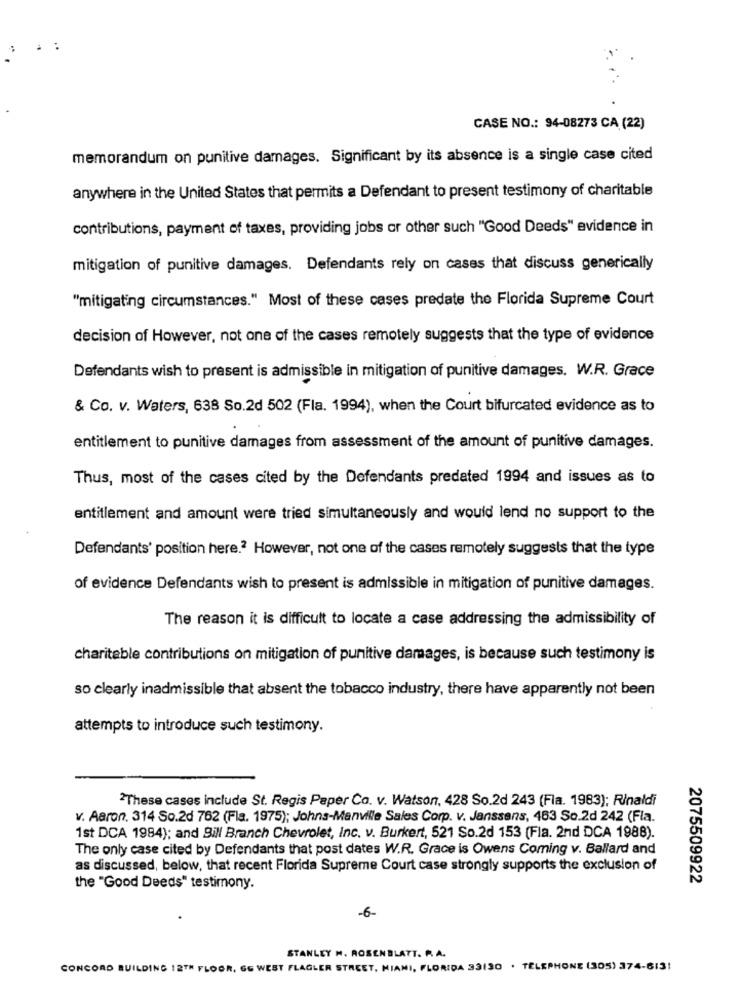
CASE NO .: 94-08273 CA (22)
memorandum on punitive damages. Significant by its absence is a single case cited
anywhere in the United States that permits a Defendant to present testimony of charitable
contributions, payment of taxes, providing jobs or other such "Good Deeds" evidence in
mitigation of punitive damages. Defendants rely on cases that discuss generically
"mitigating circumstances." Most of these cases predate the Florida Supreme Court
decision of However, not one of the cases remotely suggests that the type of evidence
Defendants wish to present is admissible in mitigation of punitive damages. W.R. Grace
& Co. v. Waters, 638 So.2d 502 (Fla. 1994), when the Court bifurcated evidence as to
entitlement to punitive damages from assessment of the amount of punitive damages.
Thus, most of the cases cited by the Defendants predated 1994 and issues as to
entitlement and amount were tried simultaneously and would lend no support to the
Defendants' position here.2 However, not one of the cases remotely suggests that the type
of evidence Defendants wish to present is admissible in mitigation of punitive damages.
The reason it is difficult to locate a case addressing the admissibility of
charitable contributions on mitigation of punitive damages, is because such testimony is
so clearly inadmissible that absent the tobacco industry, there have apparently not been
attempts to introduce such testimony.
These cases include St. Regis Paper Co. v. Watson, 428 So.2d 243 (Fla. 1983); Rinaldi
v. Aaron. 314 So.2d 762 (Fla. 1975); Johns-Manville Sales Corp. v. Janssens, 463 So.2d 242 (Fla.
1st DCA 1984); and Bill Branch Chevrolet, Inc. v. Burkert, 521 So.2d 153 (Fla. 2nd DCA 1988).
The only case cited by Defendants that post dates W.R. Grace is Owens Coming v. Ballard and
as discussed, below, that recent Florida Supreme Court case strongly supports the exclusion of
2075509922
the "Good Deeds" testimony.
-6-
STANLEY M. ROSENBLATT. P. A.
CONCORD BUILDING 12TH FLOOR, GG WEST FLAGLER STREET, MIAMI, FLORIDA 33130 . TELEPHONE (305) 374-613!